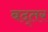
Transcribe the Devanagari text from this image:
बद्तर